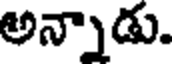
అన్నాడు.